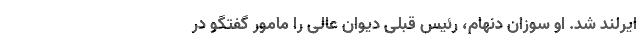
ایرلند شد. او سوزان دنهام، رئیس قبلی دیوان عالی را مامور گفتگو در